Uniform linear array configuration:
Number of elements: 8
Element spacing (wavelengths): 0.5
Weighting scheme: cosine
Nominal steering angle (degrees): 0
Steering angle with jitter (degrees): -0.7552
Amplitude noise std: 0.05
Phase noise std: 0.05

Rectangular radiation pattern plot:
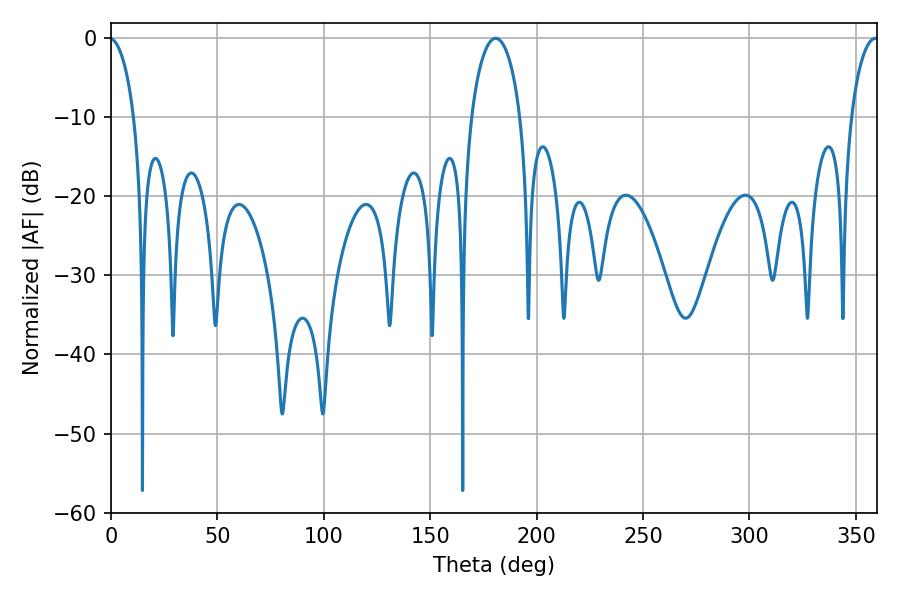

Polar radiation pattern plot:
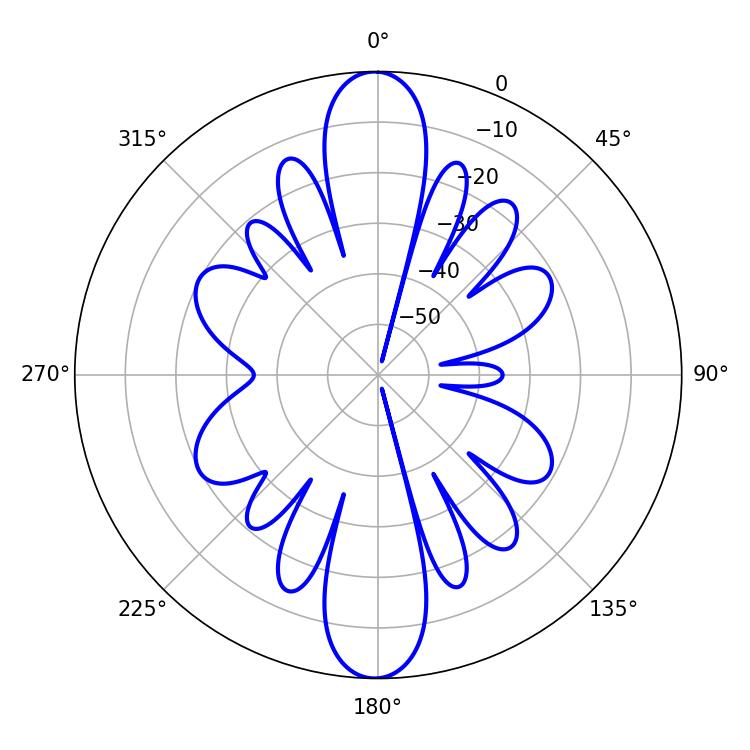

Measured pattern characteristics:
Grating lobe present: FALSE
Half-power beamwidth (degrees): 7.38
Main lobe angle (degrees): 359.28